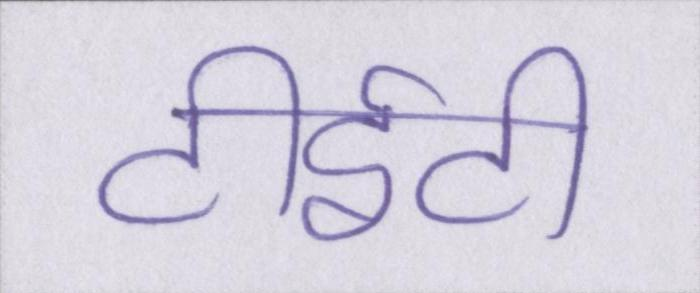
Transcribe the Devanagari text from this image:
टीईटी